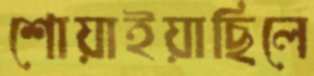
শোয়াইয়াছিলে